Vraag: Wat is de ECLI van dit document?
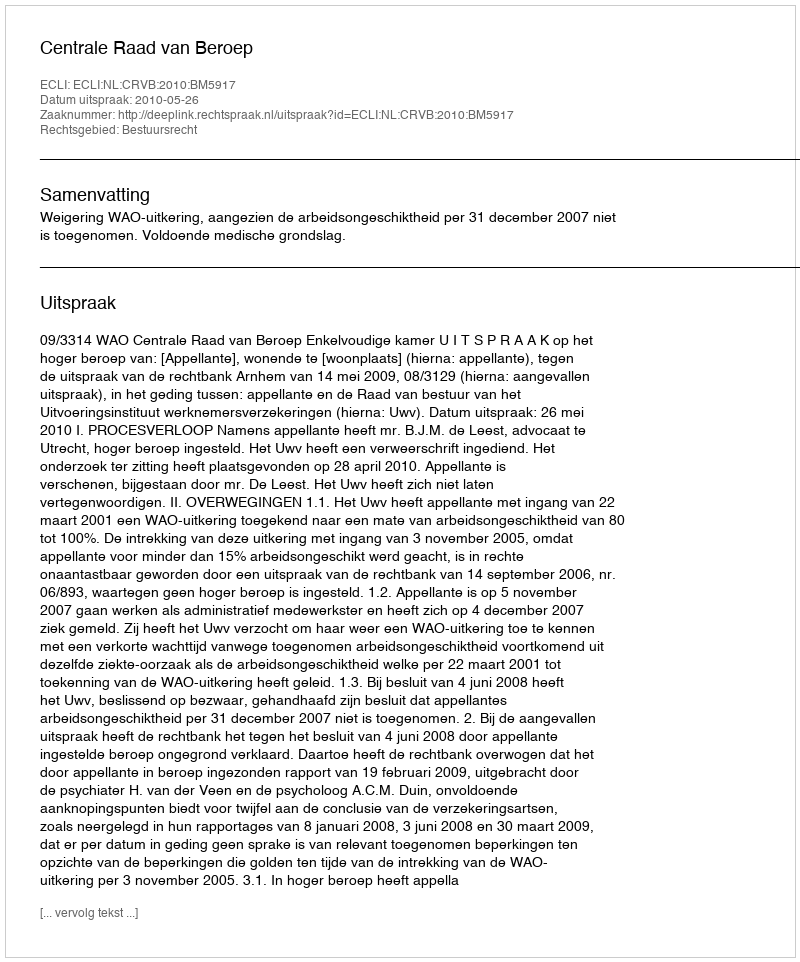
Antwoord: ECLI:NL:CRVB:2010:BM5917